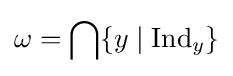
\omega =\bigcap \{y\mid \mathrm {Ind} _{y}\}